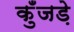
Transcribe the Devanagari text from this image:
कुँजड़े